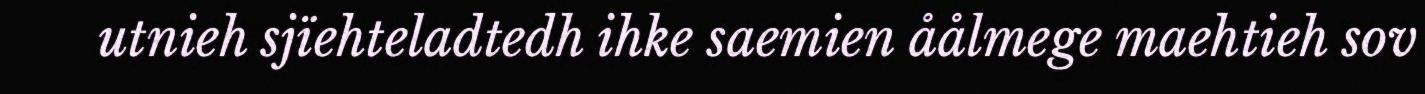
utnieh sjïehteladtedh ihke saemien åålmege maehtieh sov